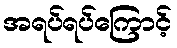
အရပ်ရပ်ကြောင့်